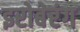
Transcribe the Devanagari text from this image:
इरोबेरंग